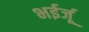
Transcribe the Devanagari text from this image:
भईर्जू